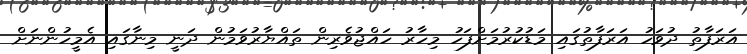
އަރަފާތު ދުވަހު އަރަފާތުގައި މަޑުކުރުމަށްފަހު މިހާރު ހައްޖުވެރިން ތައްޔާރުވަމުން ދަނީ މިނާގައި އެމީހުންނަށް